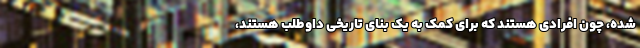
شده، چون افرادی هستند که برای کمک به یک بنای تاریخی داوطلب هستند،